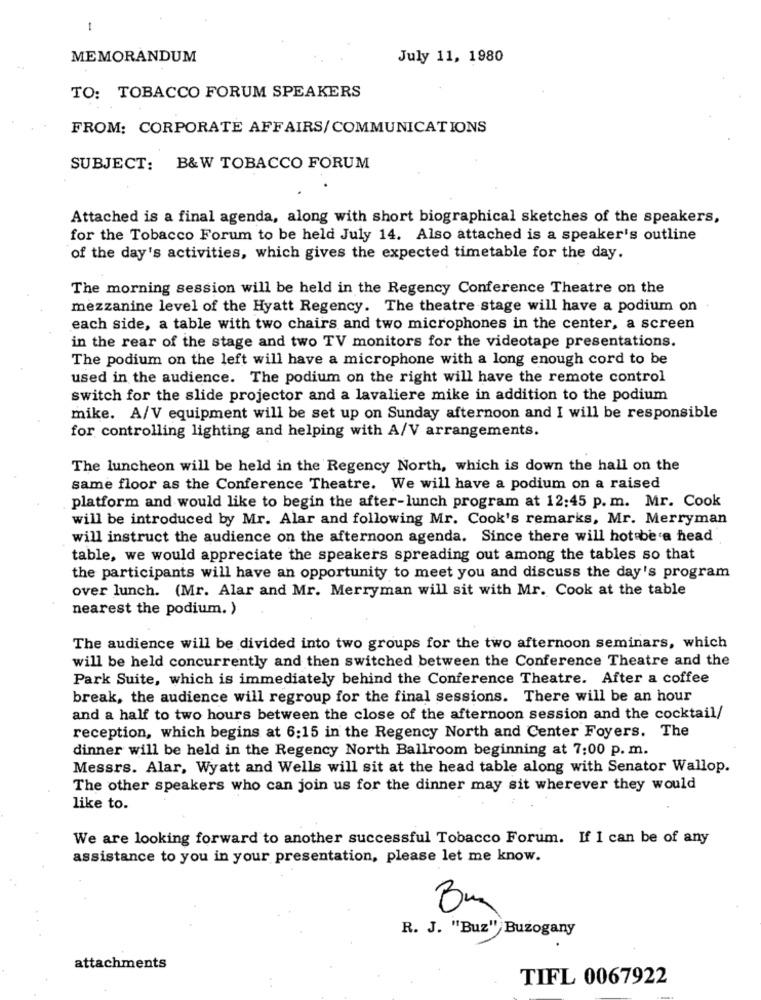
1
MEMORANDUM
July 11, 1980
TO: TOBACCO FORUM SPEAKERS
FROM: CORPORATE AFFAIRS/COMMUNICATIONS
SUBJECT: B&W TOBACCO FORUM
Attached is a final agenda, along with short biographical sketches of the speakers,
for the Tobacco Forum to be held July 14. Also attached is a speaker's outline
of the day's activities, which gives the expected timetable for the day.
The morning session will be held in the Regency Conference Theatre on the
mezzanine level of the Hyatt Regency. The theatre stage will have a podium on .
each side, a table with two chairs and two microphones in the center, a screen
in the rear of the stage and two TV monitors for the videotape presentations.
The podium on the left will have a microphone with a long enough cord to be
used in the audience. The podium on the right will have the remote control
switch for the slide projector and a lavaliere mike in addition to the podium
mike. A/V equipment will be set up on Sunday afternoon and I will be responsible
for controlling lighting and helping with A/V arrangements.
The luncheon will be held in the Regency North, which is down the hall on the
same floor as the Conference Theatre. We will have a podium on a raised
platform and would like to begin the after-lunch program at 12:45 p. m. Mr. Cook
will be introduced by Mr. Alar and following Mr. Cook's remarks, Mr. Merryman
will instruct the audience on the afternoon agenda. Since there will hot be a head
table, we would appreciate the speakers spreading out among the tables so that
the participants will have an opportunity to meet you and discuss the day's program
over lunch. (Mr. Alar and Mr. Merryman will sit with Mr. Cook at the table
nearest the podium. )
The audience will be divided into two groups for the two afternoon seminars, which
will be held concurrently and then switched between the Conference Theatre and the
Park Suite, which is immediately behind the Conference Theatre. After a coffee
break, the audience will regroup for the final sessions. There will be an hour
and a half to two hours between the close of the afternoon session and the cocktail/
reception, which begins at 6:15 in the Regency North and Center Foyers. The
dinner will be held in the Regency North Ballroom beginning at 7:00 p. m.
Messrs. Alar, Wyatt and Wells will sit at the head table along with Senator Wallop.
The other speakers who can join us for the dinner may sit wherever they would
like to.
We are looking forward to another successful Tobacco Forum. If I can be of any
assistance to you in your presentation, please let me know.
Bu
R. J. "Buz" Buzogany
attachments
TIFL 0067922